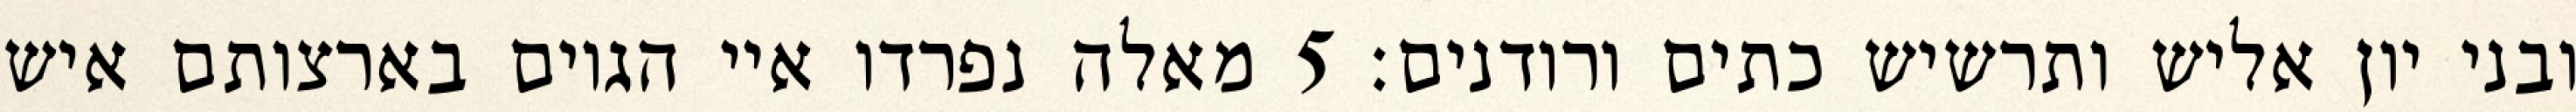
ובני יון אליש ותרשיש כתים ורודנים׃ ‎5‏ מאלה נפרדו איי הגוים בארצותם איש